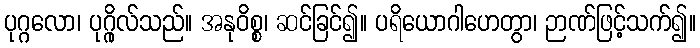
ပုဂ္ဂလော၊ ပုဂ္ဂိုလ်သည်။ အနုဝိစ္စ၊ ဆင်ခြင်၍။ ပရိယောဂါဟေတွာ၊ ဉာဏ်ဖြင့်သက်၍။